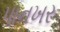
પાનખર